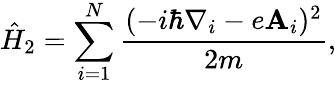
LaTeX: \hat{H}_{2}=\sum_{i=1}^{N}\frac{(-i\hbar\nabla_{i}-e\mathbf{A}_{i})^{2}}{2m},